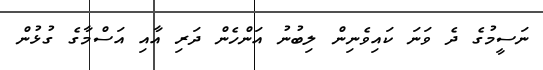
ނަސީމުގެ ދެ ވަނަ ކައިވެނިން ލިބުނު އަންހެން ދަރި އާއި އަސްމާގެ ގުޅުން